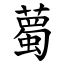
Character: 薥